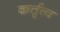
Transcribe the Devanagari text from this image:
कर्त्तृत्त्व